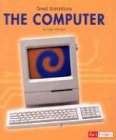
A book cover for The Computer (Great Inventions); Gayle Worland; Children's Books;